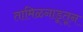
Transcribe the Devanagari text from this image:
तामिळनाडूतून